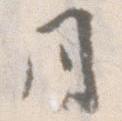
月